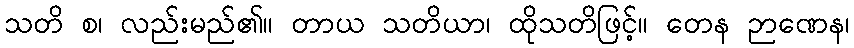
သတိ စ၊ လည်းမည်၏။ တာယ သတိယာ၊ ထိုသတိဖြင့်။ တေန ဉာဏေန၊